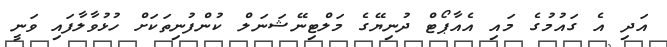
އަދި އެ ގައުމުގެ މައި އެއާޕޯޓް ދުނިޔޭގެ މަލްޓިނޭޝަނަލް ކުންފުނިތަކަށް ހުޅުވާލާފައި ވަނީ